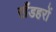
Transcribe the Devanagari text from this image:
खँडहरों